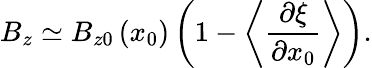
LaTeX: B_{z}\simeq B_{z0}\left(x_{0}\right)\left(1-\left\langle\frac{\partial\xi}{\partial x_{0}}\right\rangle\right).